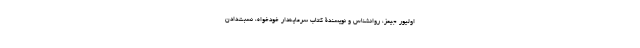
اولیور جیمز، روانشناس و نویسندۀ کتابِ سرمایه‌دار خودخواه، نسبت‌دادن